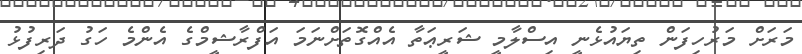
މަރަށް މަރުހިފަން ތިޔައުޅެނީ އިސްލާމީ ޝަރީޢަތާ އެއްގޮތަށްނަމަ އަފްރާޝީމްގެ އެންމެ ހަގު ދަރިފުޅު